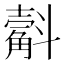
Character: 𣂍